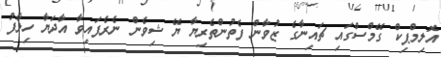
އޮލިމްޕިކް ގޭމްސްގައި ޗައިނާގެ ޒުވާން ފެތުންތެރިޔާ ޔޭ ޝިވެން ނެރެފައިވާ އާދަޔާ ހިލާފު